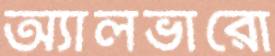
অ্যালভারো